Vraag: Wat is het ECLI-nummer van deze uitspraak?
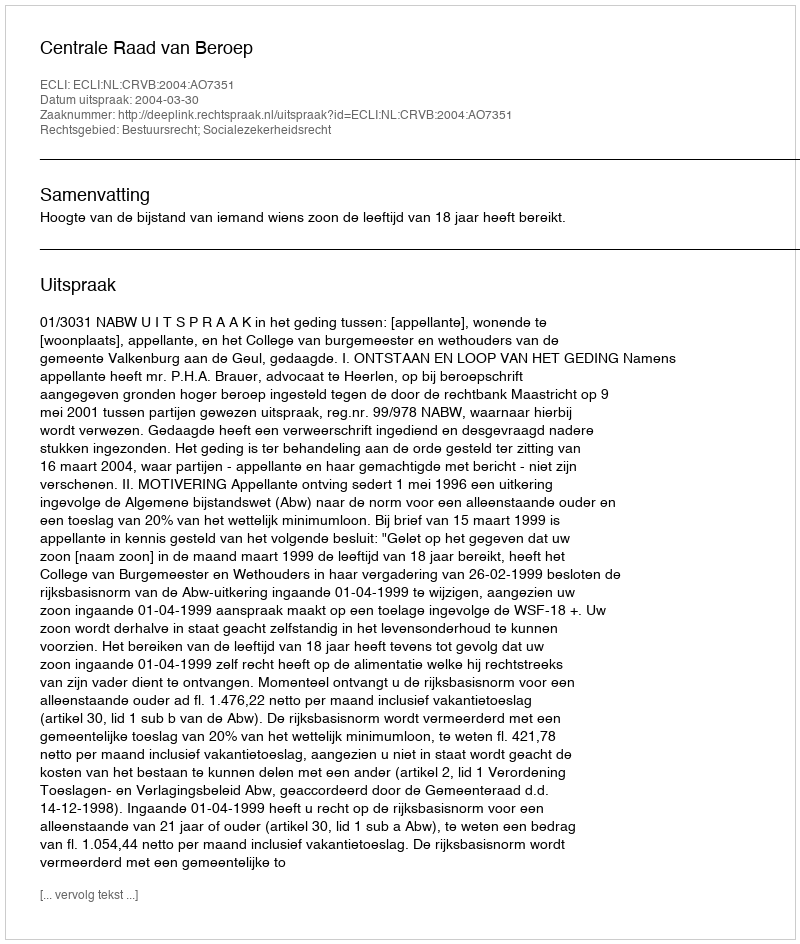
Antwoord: ECLI:NL:CRVB:2004:AO7351